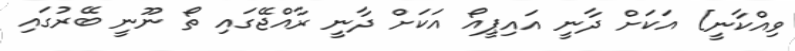
ވިއްކާނީ] އަކަށް ދާނީ އައިޕީއޯ އަކަށް ދާނީ ރާއްޖޭގައި ތޯ ނޫނީ ބޭރުގައި